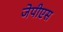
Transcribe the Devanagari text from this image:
जेपीएस